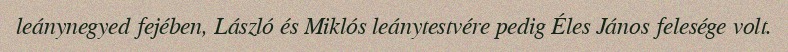
leánynegyed fejében, László és Miklós leánytestvére pedig Éles János felesége volt.